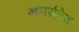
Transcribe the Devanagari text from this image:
आमर्सटेड